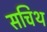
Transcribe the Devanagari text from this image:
सचिथ